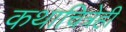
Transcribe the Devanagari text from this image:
कथाचित्रेही